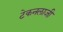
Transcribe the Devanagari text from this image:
टेकनलाजी